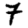
Digit: 7